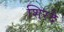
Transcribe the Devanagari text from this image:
शिरदे